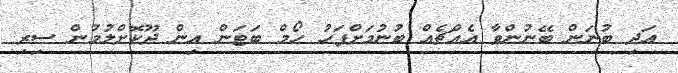
އަދި ބުނަން ބޭނުންވާ އެއްޗެއް ބުނުމަށްފަހު ހޯމް ބަޓަން އިން ދޫކޮށްލުމުން ސިރި